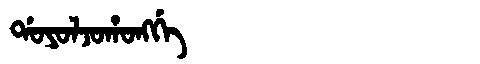
Manchu: ᡩᠣᠶᠣᠯᠵᠣᡥᠣᠩᡤᡝ
Romanization: DOYOLJOHONGGE